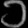
Digit: ၁